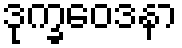
ဒုက္ခဝေဒနာ